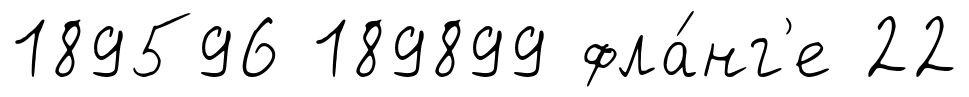
189596 189899 фла́нг'е 22